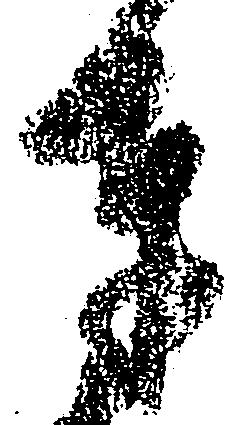
奉